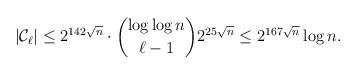
LaTeX: \begin{align*}|\mathcal{C}_{\ell}| &\leq 2^{142\sqrt{n}}\cdot\binom{\log\log n}{\ell-1}2^{25\sqrt{n}}\leq 2^{167\sqrt{n}}\log n.\end{align*}